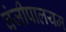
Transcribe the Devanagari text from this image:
वंजीपालयम